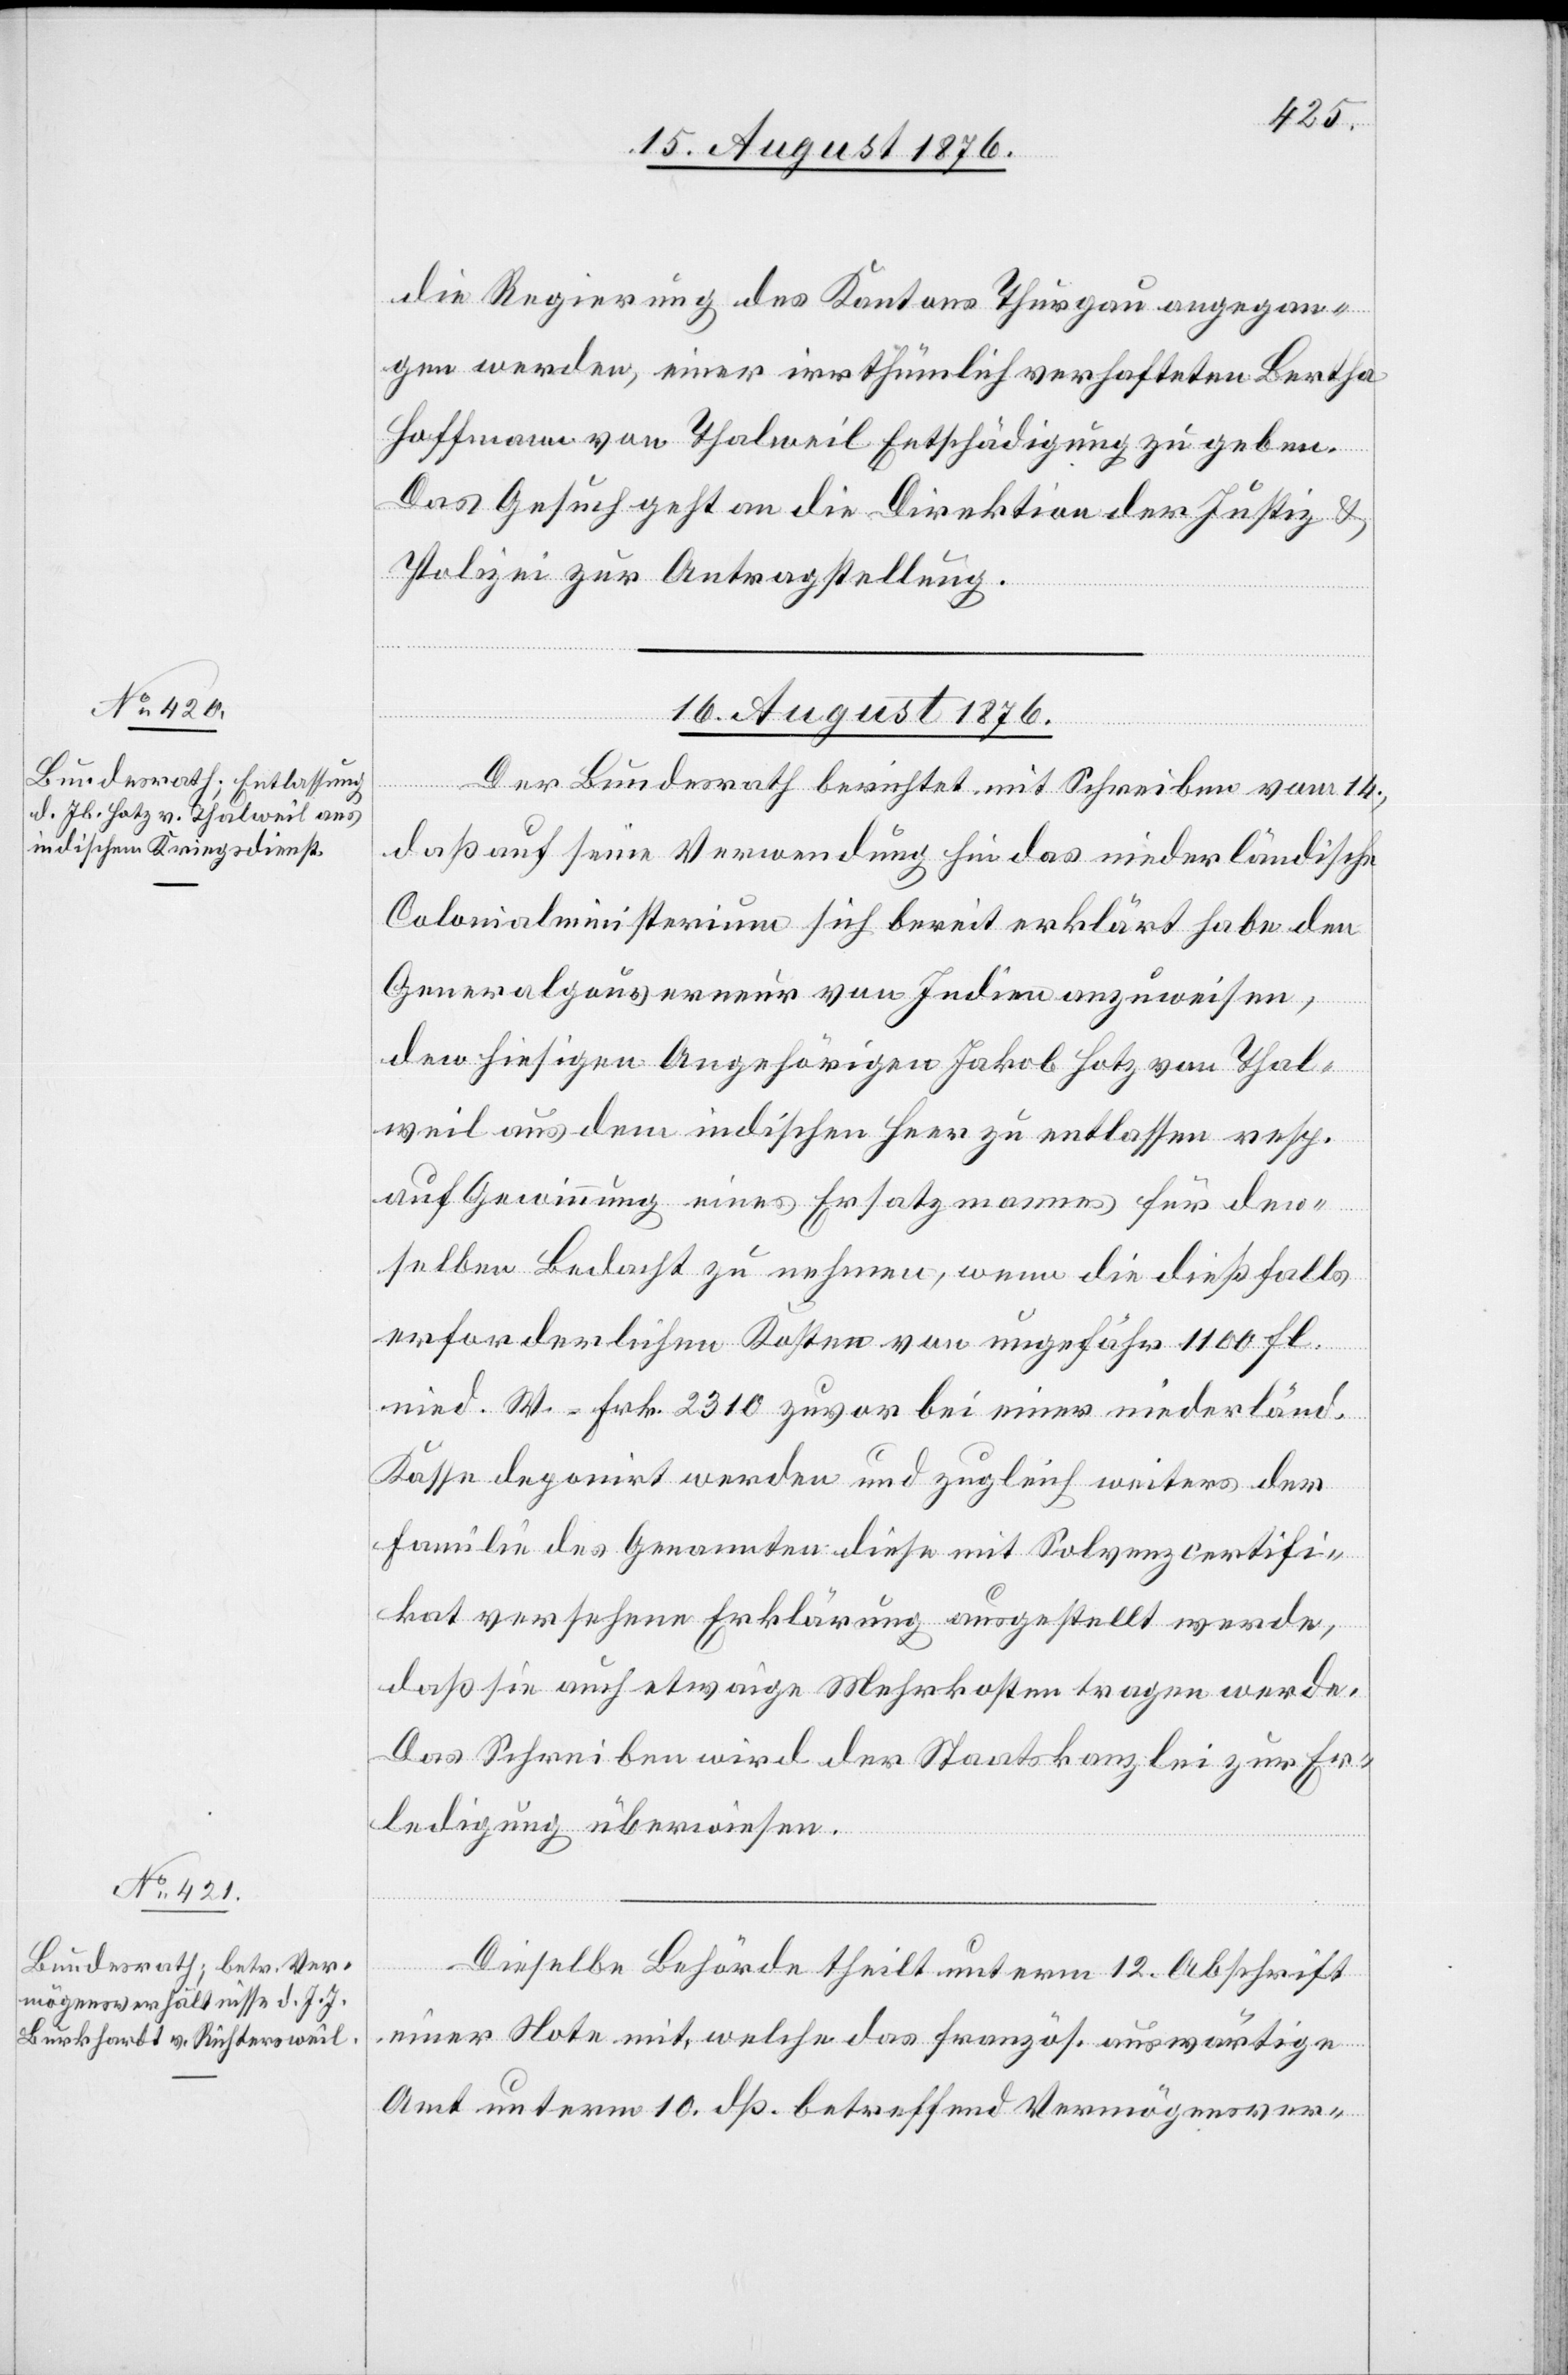
die Regierung des Kantons Thurgau angegan¬
gen werden, einer irrthümlich verhafteten Bertha
Hoffmann von Thalweil Entschädigung zu geben.
Das Gesuch geht an die Direktion der Justiz &
Polizei zur Antragstellung.
16. August 1876.]
Der Bundesrath berichtet mit Schreiben vom 14.,
daß auf seine Verwendung hin das niederländische
Colonialministerium sich bereit erklärt habe den
Generalgouverneur von Indien anzuweisen,
den hiesigen Angehörigen Jakob Hotz von Thal¬
weil aus dem indischen Heer zu entlassen resp.
auf Gewinnung eines Ersatzmannes für den¬
selben Bedacht zu nehmen, wenn die dießfalls
erforderlichen Kosten von ungefähr 1100 fl.
nied. W. Frk. 2310 zuvor bei einer niederländ.
Kasse deponirt werden und zugleich weiters der
Familie des Genannten diese mit Solvenzcertifi¬
kat versehene Erklärung ausgestellt werde,
daß sie auch etwaige Mehrkosten tragen werde.
Das Schreiben wird der Staatskanzlei zur Er¬
ledigung überwiesen.
Dieselbe Behörde theilt unterm 12. Abschrift
einer Note mit, welche das französ. auswärtige
Amt unterm 10. dß. betreffend Vermögensver-